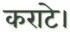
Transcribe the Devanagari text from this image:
कराटे।